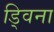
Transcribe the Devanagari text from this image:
ड्विना